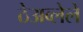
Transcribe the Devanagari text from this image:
ठेअव्लेले